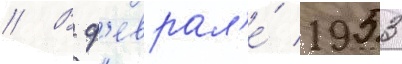
// В ф'еврал'е́ 1953